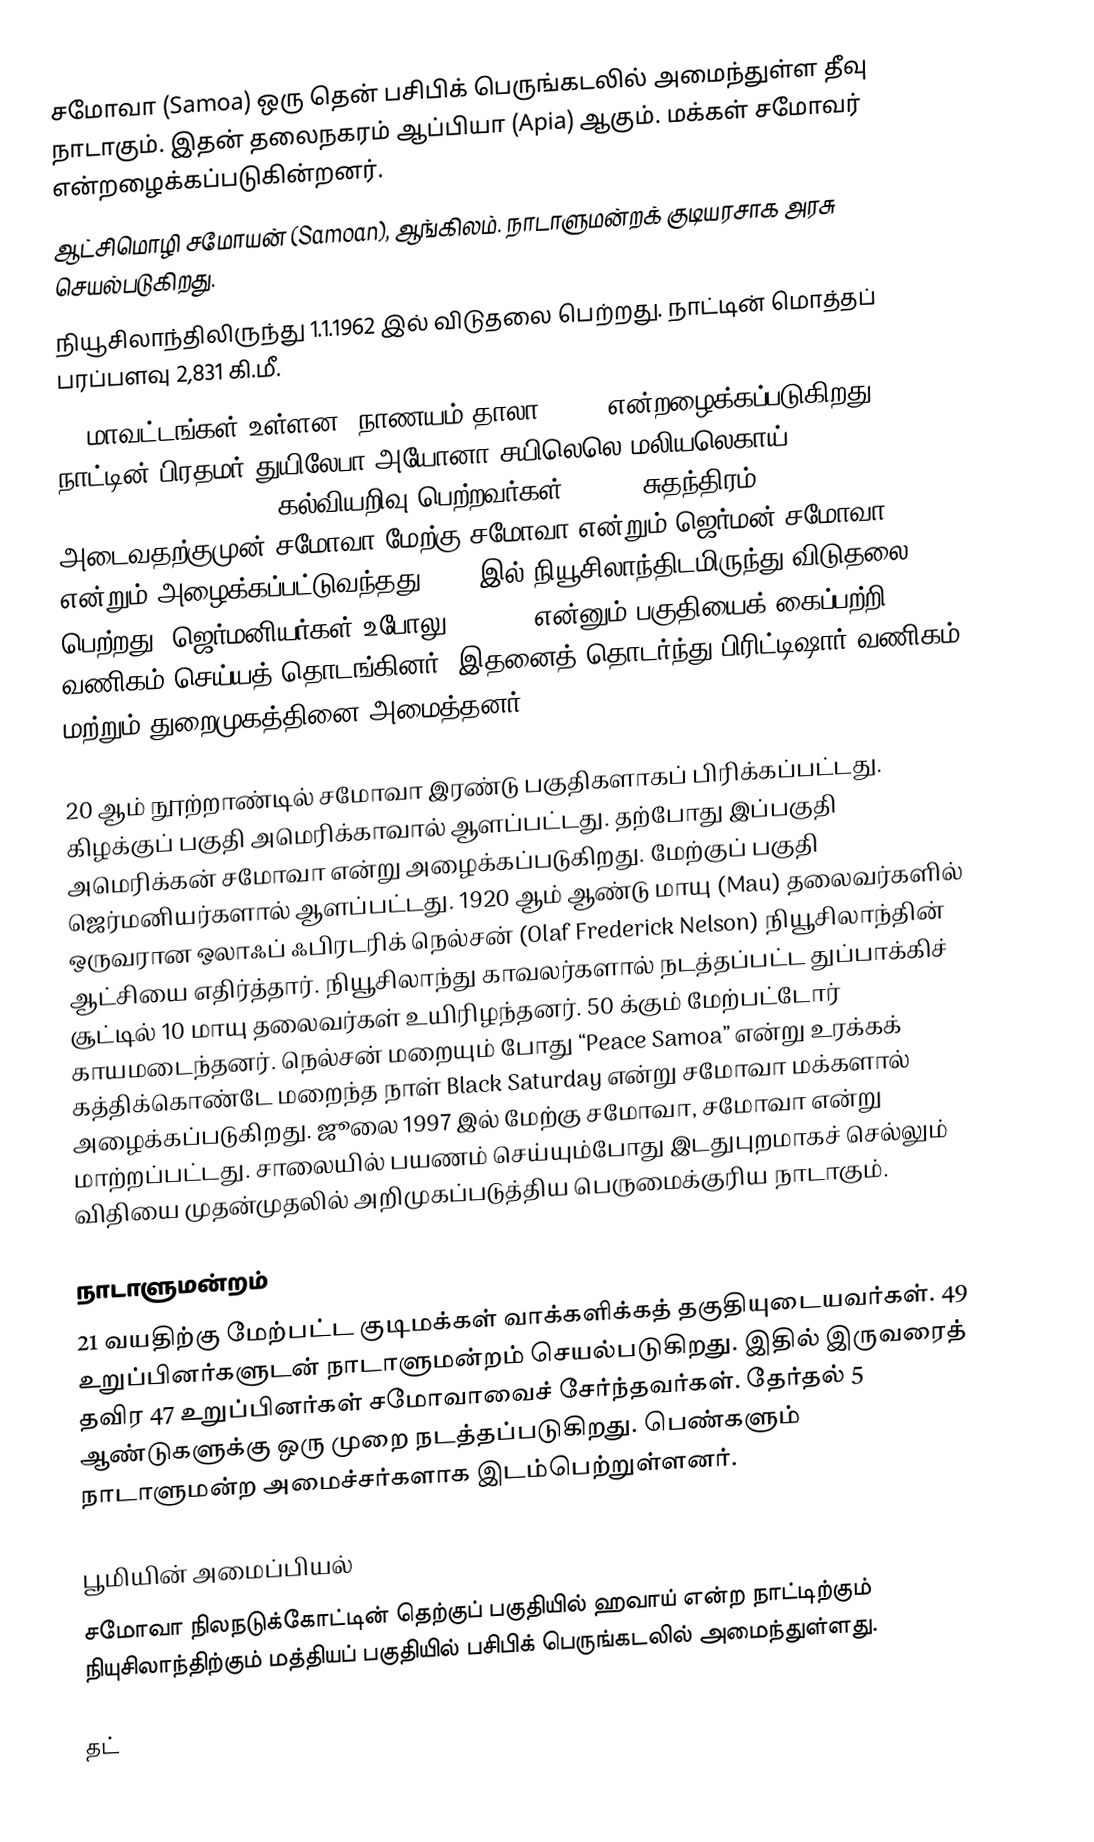
சமோவா (Samoa) ஒரு தென் பசிபிக் பெருங்கடலில் அமைந்துள்ள தீவு நாடாகும். இதன் தலைநகரம் ஆப்பியா (Apia) ஆகும். மக்கள் சமோவர் என்றழைக்கப்படுகின்றனர்.
ஆட்சிமொழி சமோயன் (Samoan), ஆங்கிலம். நாடாளுமன்றக் குடியரசாக அரசு செயல்படுகிறது.
நியூசிலாந்திலிருந்து 1.1.1962 இல் விடுதலை பெற்றது. நாட்டின் மொத்தப் பரப்பளவு 2,831 கி.மீ.
11 மாவட்டங்கள் உள்ளன. நாணயம் தாலா(Tala) என்றழைக்கப்படுகிறது. நாட்டின் பிரதமர் துயிலேபா அயோனா சயிலெலெ மலியலெகாய் (Tuilaepa Aiono Sailele malielegaoi). கல்வியறிவு பெற்றவர்கள் 99.7%. சுதந்திரம் அடைவதற்குமுன் சமோவா மேற்கு சமோவா என்றும் ஜெர்மன் சமோவா என்றும் அழைக்கப்பட்டுவந்தது. 1962இல் நியூசிலாந்திடமிருந்து விடுதலை பெற்றது. ஜெர்மனியர்கள் உபோலு (upolu) என்னும் பகுதியைக் கைப்பற்றி வணிகம் செய்யத் தொடங்கினர். இதனைத் தொடர்ந்து பிரிட்டிஷார் வணிகம் மற்றும் துறைமுகத்தினை அமைத்தனர்.

20 ஆம் நூற்றாண்டில் சமோவா இரண்டு பகுதிகளாகப் பிரிக்கப்பட்டது. கிழக்குப் பகுதி அமெரிக்காவால் ஆளப்பட்டது. தற்போது இப்பகுதி அமெரிக்கன் சமோவா என்று அழைக்கப்படுகிறது. மேற்குப் பகுதி ஜெர்மனியர்களால் ஆளப்பட்டது. 1920 ஆம் ஆண்டு மாயு (Mau) தலைவர்களில் ஒருவரான ஒலாஃப் ஃபிரடரிக் நெல்சன் (Olaf Frederick Nelson) நியூசிலாந்தின் ஆட்சியை எதிர்த்தார். நியூசிலாந்து காவலர்களால் நடத்தப்பட்ட துப்பாக்கிச் சூட்டில் 10 மாயு தலைவர்கள் உயிரிழந்தனர். 50 க்கும் மேற்பட்டோர் காயமடைந்தனர். நெல்சன் மறையும் போது “Peace Samoa” என்று உரக்கக் கத்திக்கொண்டே மறைந்த நாள் Black Saturday என்று சமோவா மக்களால் அழைக்கப்படுகிறது. ஜூலை 1997 இல் மேற்கு சமோவா, சமோவா என்று மாற்றப்பட்டது. சாலையில் பயணம் செய்யும்போது இடதுபுறமாகச் செல்லும் விதியை முதன்முதலில் அறிமுகப்படுத்திய பெருமைக்குரிய நாடாகும்.

நாடாளுமன்றம்
21 வயதிற்கு மேற்பட்ட குடிமக்கள் வாக்களிக்கத் தகுதியுடையவர்கள். 49 உறுப்பினர்களுடன் நாடாளுமன்றம் செயல்படுகிறது. இதில் இருவரைத் தவிர 47 உறுப்பினர்கள் சமோவாவைச் சேர்ந்தவர்கள். தேர்தல் 5 ஆண்டுகளுக்கு ஒரு முறை நடத்தப்படுகிறது. பெண்களும் நாடாளுமன்ற அமைச்சர்களாக இடம்பெற்றுள்ளனர்.

பூமியின் அமைப்பியல்
சமோவா நிலநடுக்கோட்டின் தெற்குப் பகுதியில் ஹவாய் என்ற நாட்டிற்கும் நியுசிலாந்திற்கும் மத்தியப் பகுதியில் பசிபிக் பெருங்கடலில் அமைந்துள்ளது.

தட்